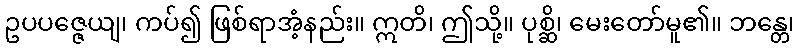
ဥပပဇ္ဇေယျ၊ ကပ်၍ ဖြစ်ရာအံ့နည်း။ ဣတိ၊ ဤသို့။ ပုစ္ဆိ၊ မေးတော်မူ၏။ ဘန္တေ၊